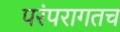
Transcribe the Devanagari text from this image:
परंपरागतच